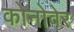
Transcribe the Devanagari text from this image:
कोनोवेर